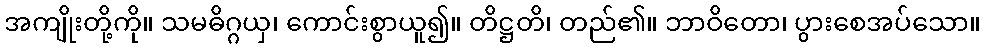
အကျိုးတို့ကို။ သမဓိဂ္ဂယှ၊ ကောင်းစွာယူ၍။ တိဋ္ဌတိ၊ တည်၏။ ဘာဝိတော၊ ပွားစေအပ်သော။